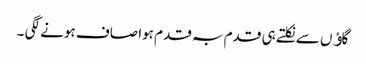
گاﺅں سے نکلتے ہی قدم بہ قدم ہوا صاف ہونے لگی ۔